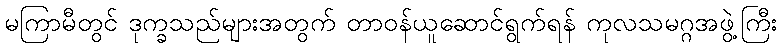
မကြာမီတွင် ဒုက္ခသည်များအတွက် တာဝန်ယူဆောင်ရွက်ရန် ကုလသမဂ္ဂအဖွဲ့ကြီး